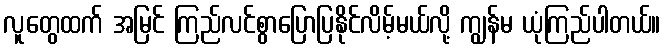
လူတွေထက် အမြင် ကြည်လင်စွာပြောပြနိုင်လိမ့်မယ်လို့ ကျွန်မ ယုံကြည်ပါတယ်။